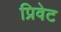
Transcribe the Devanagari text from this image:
प्रिवेट